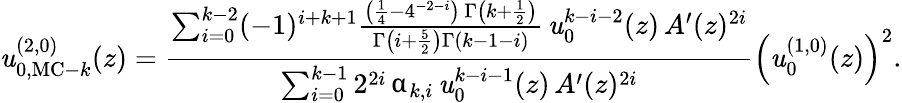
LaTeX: \mathit{u}_{0,{\mathrm{{MC-}}}k}^{(2,0)}(z)=\frac{{\sum_{i=0}^{k-2}(-1)^{i+k+1}\frac{{\left(\frac{{1}}{{4}}-4^{-2-i}\right)\, \Gamma\left(k+\frac{{1}}{{2}}\right)}}{{\Gamma\left(i+\frac{{5}}{{2}}\right)\Gamma\left(k-1-i\right)}}\, \mathit{u}_{0}^{k-i-2}(z)\, A^{\prime}(z)^{2i}}}{{\sum_{i=0}^{k-1}2^{2i}\, \upalpha_{k,i}\, \mathit{u}_{0}^{k-i-1}(z)\, A^{\prime}(z)^{2i}}}\left(\mathit{u}_{0}^{(1,0)}(z)\right)^{2}.